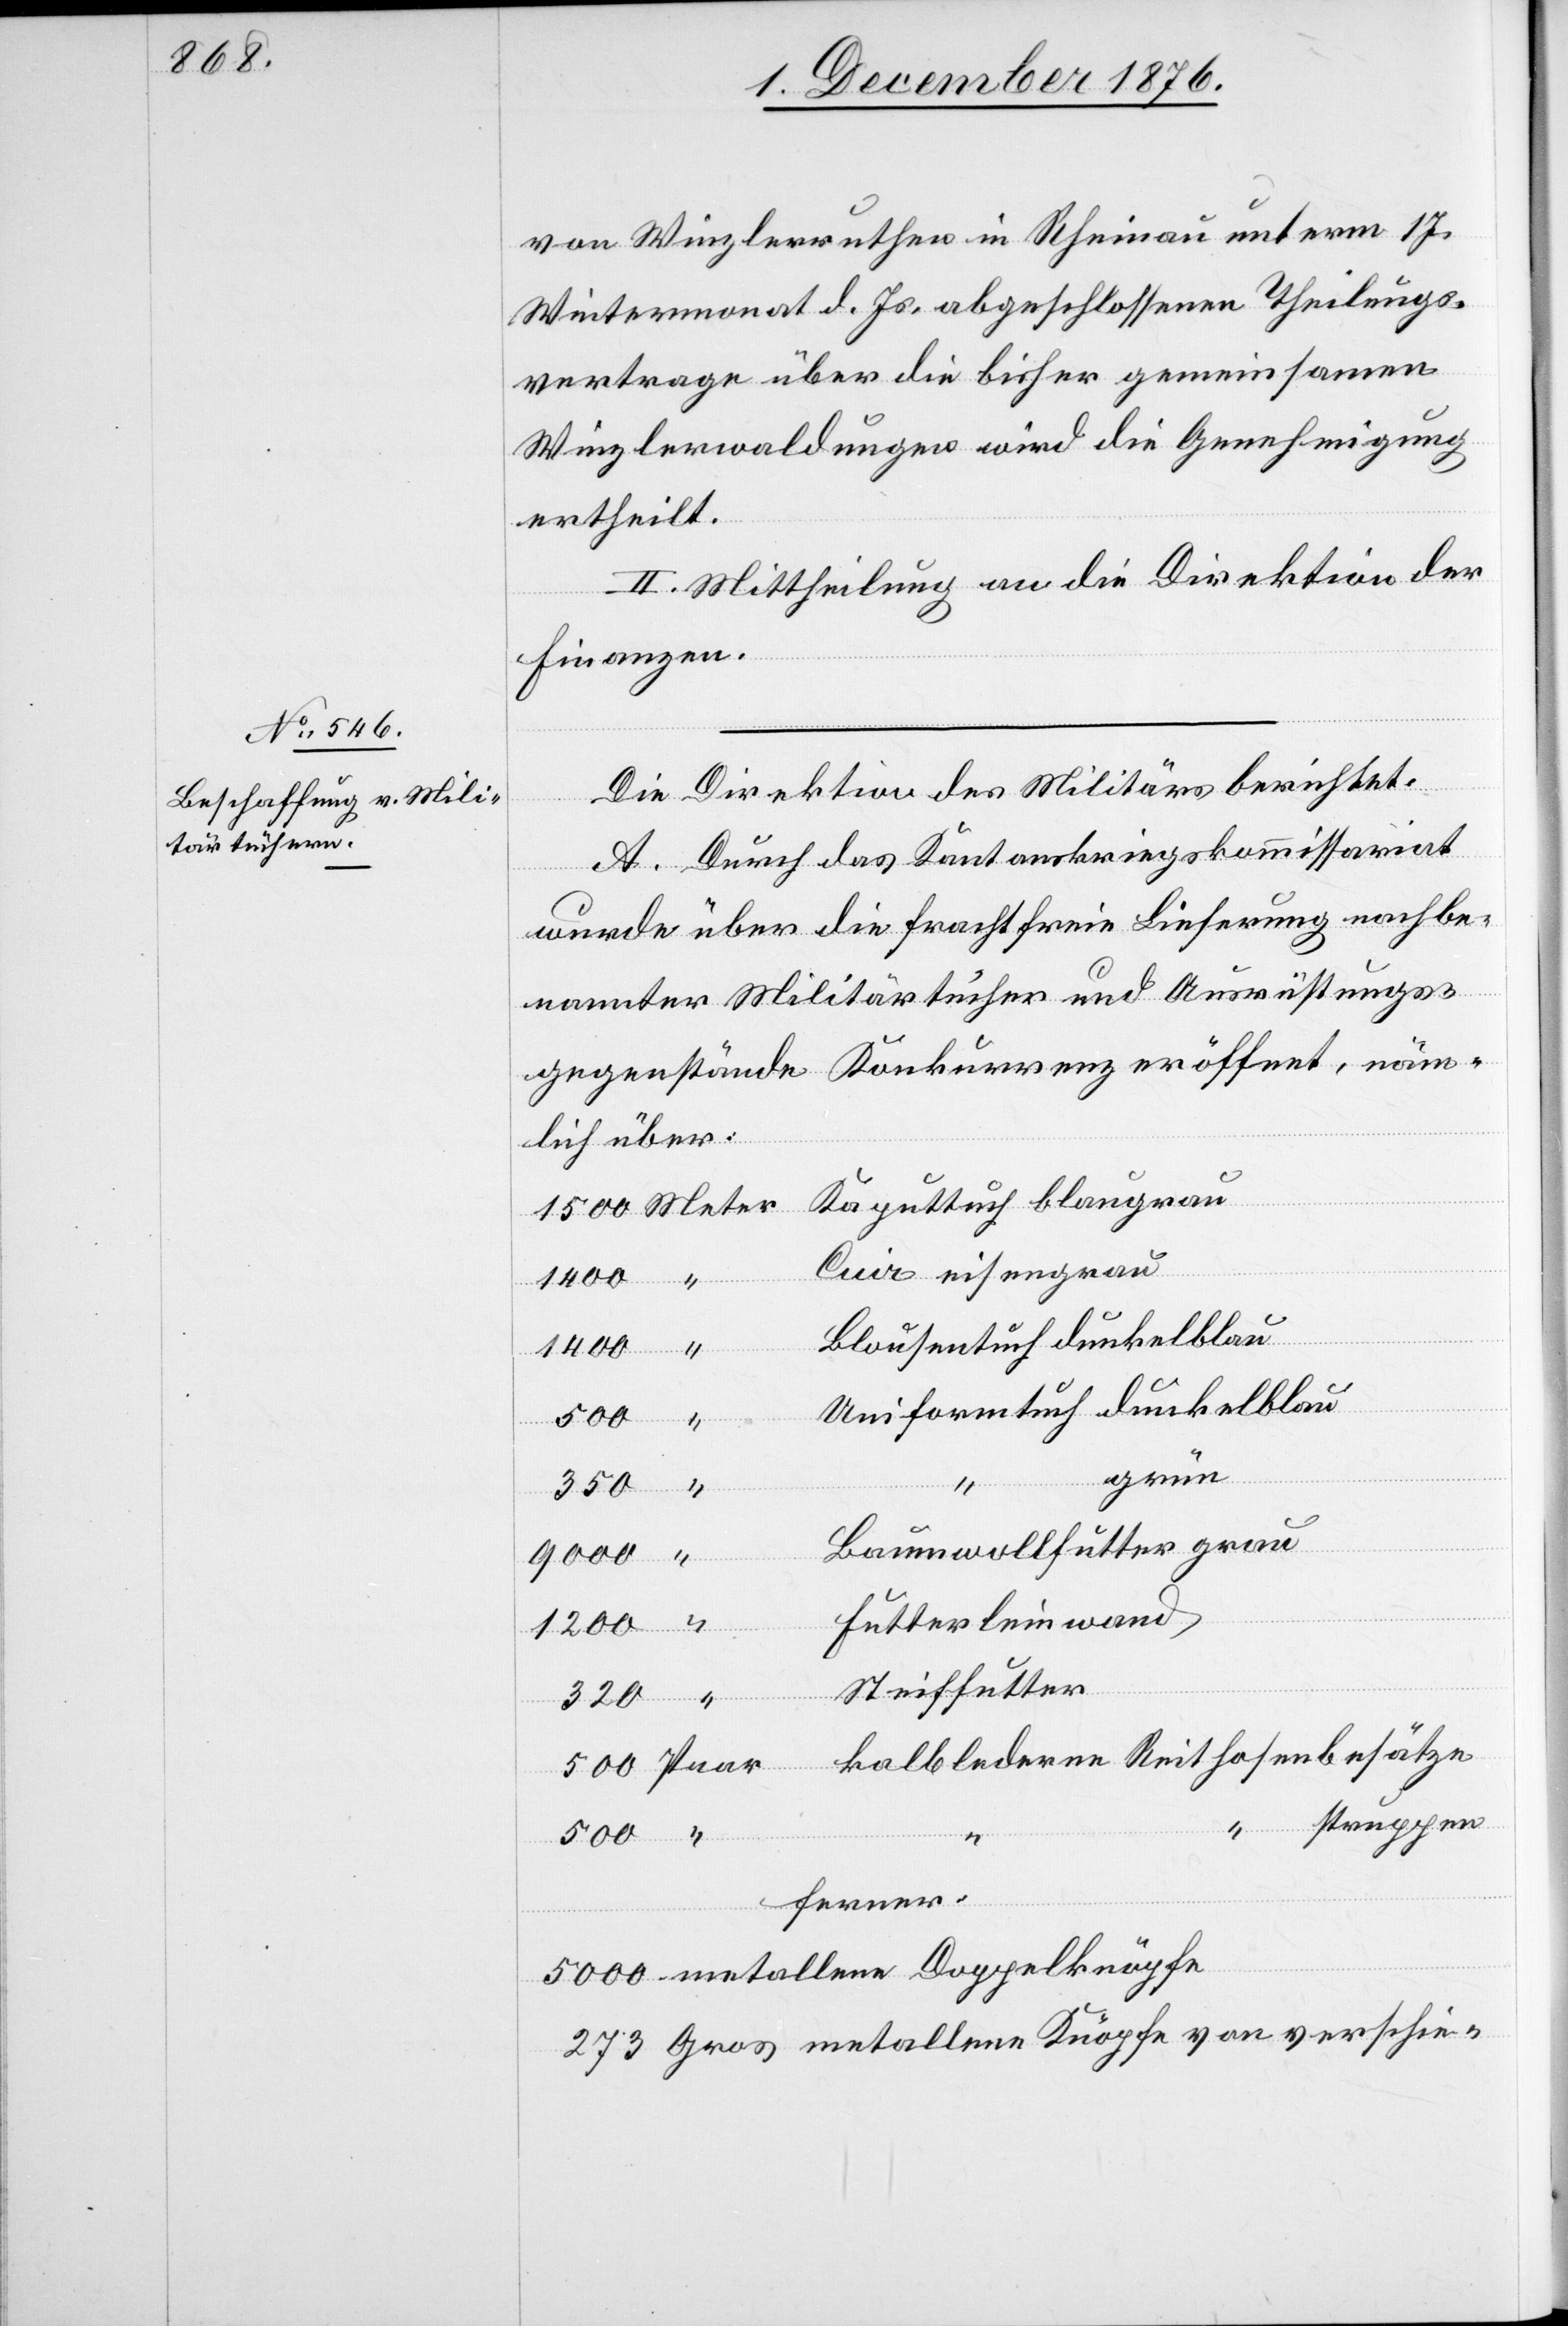
von Winzlerruthen in Rheinau unterm 17.
Wintermonat d. Js. abgeschlossenen Theilungs¬
vertrage über die bisher gemeinsamen
Winzlerwaldungen wird die Genehmigung
ertheilt.
II. Mittheilung an die Direktion der
Finanzen.
Die Direktion des Militärs berichtet:
A. Durch das Kantonskriegskommissariat
wurde über die frachtfreie Lieferung nachbe¬
nannter Militärtücher und Ausrüstungs¬
gegenstände Konkurrenz eröffnet, näm¬
lich über:
“
eisengrau
1400
grün
Futterleinwand
1200
Steiffutter
metallene
273
struppen
ferner:
Gros metallene Knöpfe von verschie-